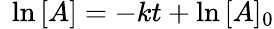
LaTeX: \ \ln{[A]}=-kt+\ln{[A]_{0}}